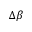
\Delta \beta